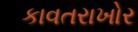
કાવતરાખોર